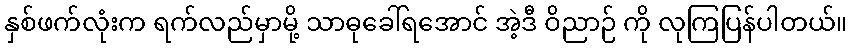
နှစ်ဖက်လုံးက ရက်လည်မှာမို့ သာဓုခေါ်ရအောင် အဲ့ဒီ ဝိညာဉ် ကို လုကြပြန်ပါတယ်။